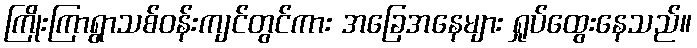
ကြိုးကြာရွာသစ်ဝန်းကျင်တွင်ကား အခြေအနေများ ရှုပ်ထွေးနေသည်။